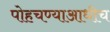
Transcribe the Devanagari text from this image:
पोहचण्याआधीच